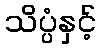
သိပ္ပံနှင့်